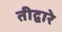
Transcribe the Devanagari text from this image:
तीद्वारे